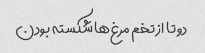
دو تا از تخم مرغ‌ها شکسته بودن